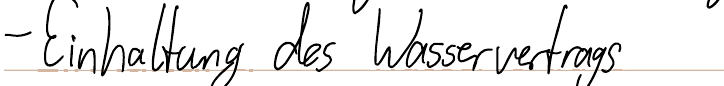
- Einhaltung des Wasservertrags